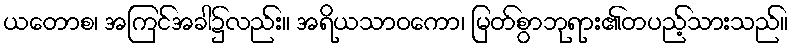
ယတောစ၊ အကြင်အခါ၌လည်း။ အရိယသာဝကော၊ မြတ်စွာဘုရား၏တပည့်သားသည်။